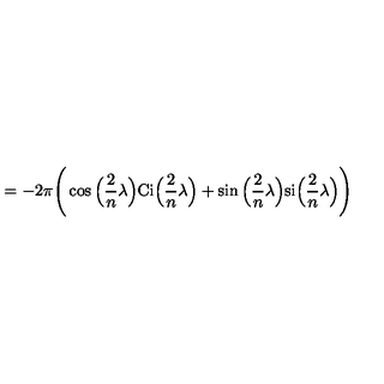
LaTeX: = - 2 \pi \Bigg ( \cos \Big ( \frac { 2 } { n } \lambda \Big ) \mathrm { C i } \Big ( \frac { 2 } { n } \lambda \Big ) + \sin \Big ( \frac { 2 } { n } \lambda \Big ) \mathrm { s i } \Big ( \frac { 2 } { n } \lambda \Big ) \Bigg )